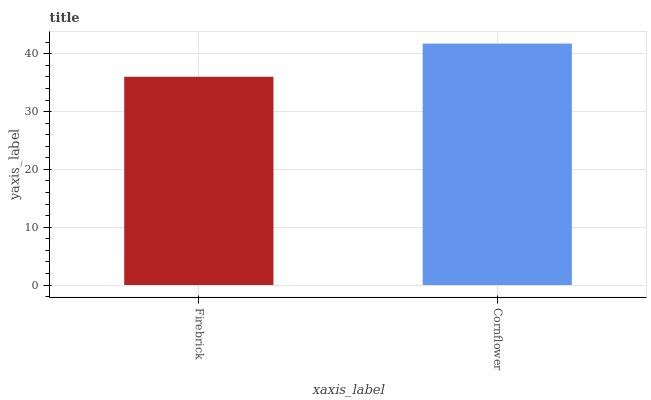
| xaxis_label | bars |
 | --- | --- |
 | Firebrick | 36 |
 | Cornflower | 41.8 |